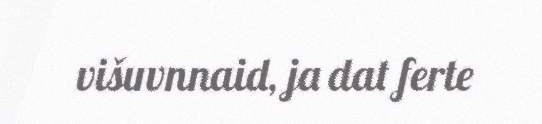
višuvnnaid, ja dat ferte